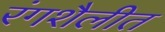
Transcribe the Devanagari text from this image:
रंगशैलीत